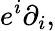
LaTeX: e^{i}\partial_{i},